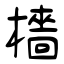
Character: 檣